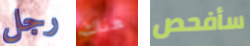
رجل هناك سأفحص